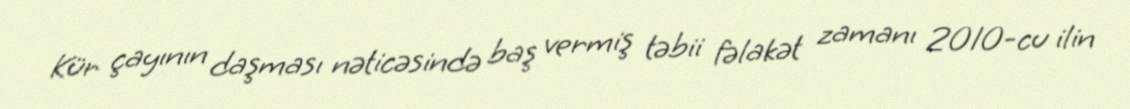
Kür çayının daşması nəticəsində baş vermiş təbii fəlakət zamanı 2010-cu ilin